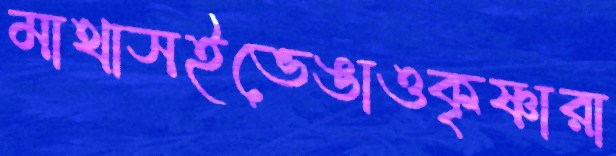
মাথাসইভেঙাওকৃষ্ণারা